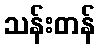
သန်းတန်